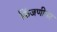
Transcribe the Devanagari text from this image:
किंजणीका